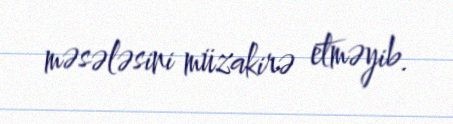
məsələsini müzakirə etməyib.